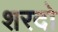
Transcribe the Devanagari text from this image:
शरदो